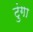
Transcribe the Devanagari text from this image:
टुंगा